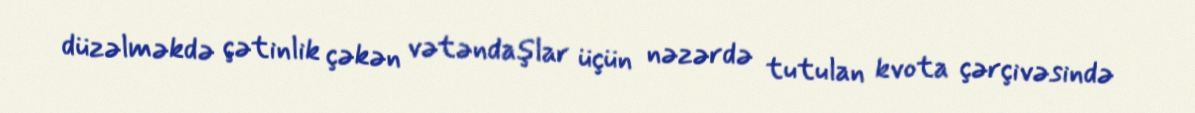
düzəlməkdə çətinlik çəkən vətəndaşlar üçün nəzərdə tutulan kvota çərçivəsində